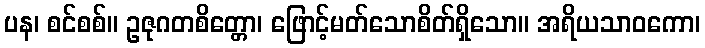
ပန၊ စင်စစ်။ ဥဇုဂတစိတ္တော၊ ဖြောင့်မတ်သောစိတ်ရှိသော။ အရိယသာဝကော၊